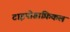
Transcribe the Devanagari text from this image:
टाइपोग्राफ़िकल